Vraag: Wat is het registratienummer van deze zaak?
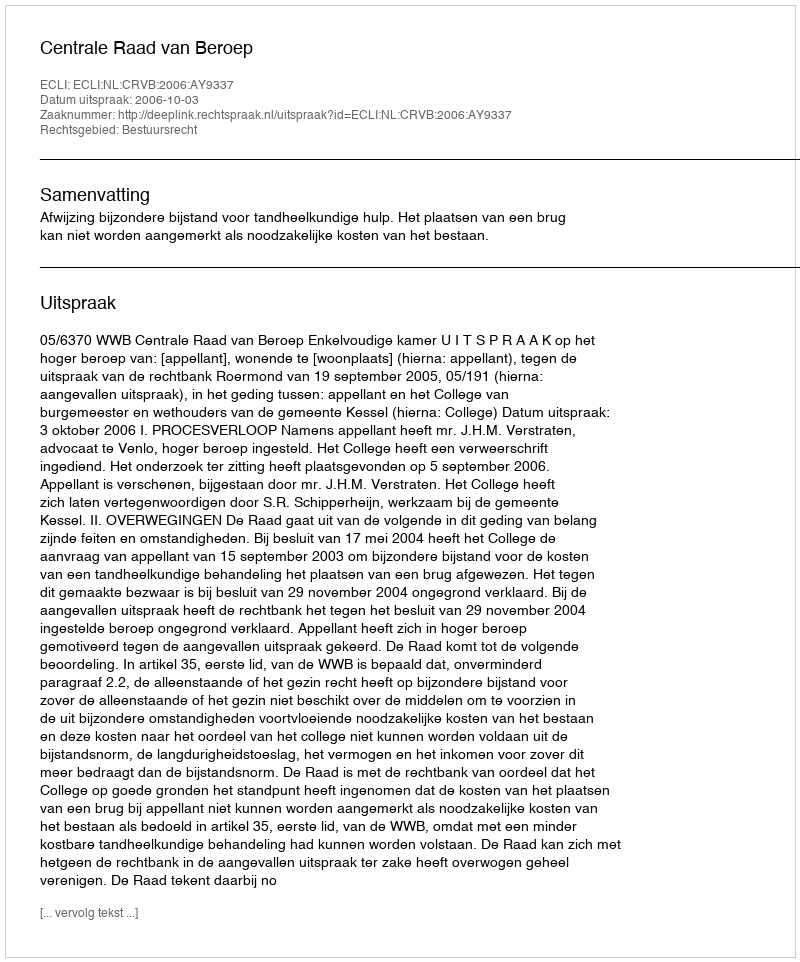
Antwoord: http://deeplink.rechtspraak.nl/uitspraak?id=ECLI:NL:CRVB:2006:AY9337